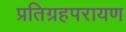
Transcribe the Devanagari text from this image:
प्रतिग्रहपरायण